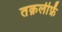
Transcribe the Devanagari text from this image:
तक़लीफ़ें